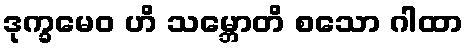
ဒုက္ခမေဝ ဟိ သမ္ဘောတိ စသော ဂါထာ